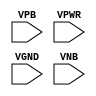
/**
 * Copyright 2020 The SkyWater PDK Authors
 *
 * Licensed under the Apache License, Version 2.0 (the "License");
 * you may not use this file except in compliance with the License.
 * You may obtain a copy of the License at
 *
 *     https://www.apache.org/licenses/LICENSE-2.0
 *
 * Unless required by applicable law or agreed to in writing, software
 * distributed under the License is distributed on an "AS IS" BASIS,
 * WITHOUT WARRANTIES OR CONDITIONS OF ANY KIND, either express or implied.
 * See the License for the specific language governing permissions and
 * limitations under the License.
 *
 * SPDX-License-Identifier: Apache-2.0
 */

`ifndef SKY130_FD_SC_HD__TAPVGND_PP_SYMBOL_V
`define SKY130_FD_SC_HD__TAPVGND_PP_SYMBOL_V

/**
 * tapvgnd: Tap cell with tap to ground, isolated power connection
 *          1 row down.
 *
 * Verilog stub (with power pins) for graphical symbol definition
 * generation.
 *
 * WARNING: This file is autogenerated, do not modify directly!
 */

`timescale 1ns / 1ps
`default_nettype none

(* blackbox *)
module sky130_fd_sc_hd__tapvgnd (
    //# {{power|Power}}
    input VPB ,
    input VPWR,
    input VGND,
    input VNB
);
endmodule

`default_nettype wire
`endif  // SKY130_FD_SC_HD__TAPVGND_PP_SYMBOL_V